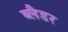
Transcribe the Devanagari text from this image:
ब्‍लैडर